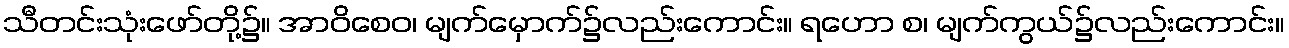
သီတင်းသုံးဖော်တို့၌။ အာဝိစေဝ၊ မျက်မှောက်၌လည်းကောင်း။ ရဟော စ၊ မျက်ကွယ်၌လည်းကောင်း။